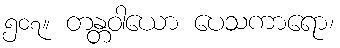
၅၀၇။ တန္တဝါယော ပေသကာရော၊